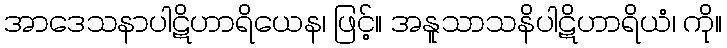
အာဒေသနာပါဋိဟာရိယေန၊ ဖြင့်။ အနူသာသနိပါဋိဟာရိယံ၊ ကို။